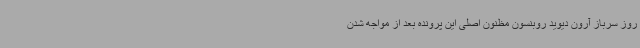
روز سرباز آرون دیوید روبنسون مظنون اصلی این پرونده بعد از مواجه شدن